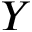
Y